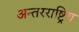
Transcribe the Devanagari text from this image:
अन्तरराष्ट्रिय